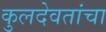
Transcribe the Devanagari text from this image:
कुलदेवतांचा